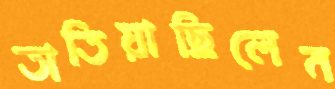
তাতিয়াছিলেন